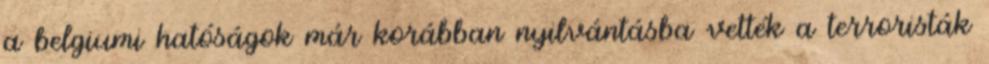
a belgiumi hatóságok már korábban nyilvántásba vették a terroristák